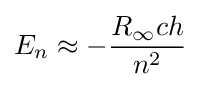
E_{n}\approx -{\frac {R_{\infty }ch}{n^{2}}}